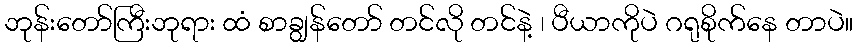
ဘုန်းတော်ကြီးဘုရား ထံ စာချွန်တော် တင်လို တင်နဲ့ ၊ ပီယာကိုပဲ ဂရုစိုက်နေ တာပဲ။